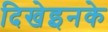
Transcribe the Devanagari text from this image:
दिखेइनके